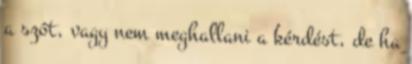
a szót, vagy nem meghallani a kérdést, de ha